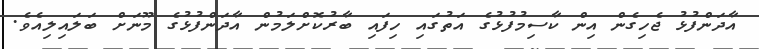
އާދަންފުޅު ޖެހިގެން އިން ކާސިމުފުޅުގެ އަތުގައި ހިފައި ބާރުކޮށްލަމުން އާދަންފުޅުގެ މޫނަށް ބަލައިލިއެވެ.